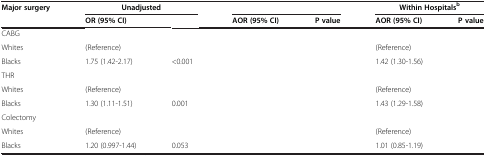
<table><thead><tr><td><b>Major surgery</b></td><td colspan="2"><b>Unadjusted</b></td><td colspan="2">[EMPTY_CELL]</td><td colspan="2"><b>Within Hospitals<sup>b</sup></b></td></tr><tr><td>[EMPTY_CELL]</td><td><b>OR (95% CI)</b></td><td>[EMPTY_CELL]</td><td><b>AOR (95% CI)</b></td><td><b>P value</b></td><td><b>AOR (95% CI)</b></td><td><b>P value</b></td></tr></thead><tbody><tr><td>CABG</td><td>[EMPTY_CELL]</td><td>[EMPTY_CELL]</td><td>[EMPTY_CELL]</td><td>[EMPTY_CELL]</td><td>[EMPTY_CELL]</td><td>[EMPTY_CELL]</td></tr><tr><td>Whites</td><td>(Reference)</td><td>[EMPTY_CELL]</td><td>[EMPTY_CELL]</td><td>[EMPTY_CELL]</td><td>(Reference)</td><td>[EMPTY_CELL]</td></tr><tr><td>Blacks</td><td>1.75 (1.42-2.17)</td><td>&lt;0.001</td><td>[EMPTY_CELL]</td><td>[EMPTY_CELL]</td><td>1.42 (1.30-1.56)</td><td>[EMPTY_CELL]</td></tr><tr><td>THR</td><td>[EMPTY_CELL]</td><td>[EMPTY_CELL]</td><td>[EMPTY_CELL]</td><td>[EMPTY_CELL]</td><td>[EMPTY_CELL]</td><td>[EMPTY_CELL]</td></tr><tr><td>Whites</td><td>(Reference)</td><td>[EMPTY_CELL]</td><td>[EMPTY_CELL]</td><td>[EMPTY_CELL]</td><td>(Reference)</td><td>[EMPTY_CELL]</td></tr><tr><td>Blacks</td><td>1.30 (1.11-1.51)</td><td>0.001</td><td>[EMPTY_CELL]</td><td>[EMPTY_CELL]</td><td>1.43 (1.29-1.58)</td><td>[EMPTY_CELL]</td></tr><tr><td>Colectomy</td><td>[EMPTY_CELL]</td><td>[EMPTY_CELL]</td><td>[EMPTY_CELL]</td><td>[EMPTY_CELL]</td><td>[EMPTY_CELL]</td><td>[EMPTY_CELL]</td></tr><tr><td>Whites</td><td>(Reference)</td><td>[EMPTY_CELL]</td><td>[EMPTY_CELL]</td><td>[EMPTY_CELL]</td><td>(Reference)</td><td>[EMPTY_CELL]</td></tr><tr><td>Blacks</td><td>1.20 (0.997-1.44)</td><td>0.053</td><td>[EMPTY_CELL]</td><td>[EMPTY_CELL]</td><td>1.01 (0.85-1.19)</td><td>[EMPTY_CELL]</td></tr></tbody></table>